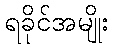
ရခိုင်အမျိုး